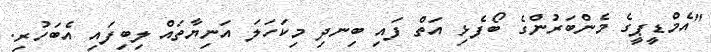
"އެމްޑީޕީގެ މެންބަރުންގެ ބޯފެޅި އަތް ފައި ބިނދި މިކަހަލަ އަނިޔާތައް ލިބިފައި އެބަހުރި.